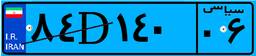
۸۴D۱۴۰۰۶